Vital statistics of India. Vol. VI, European troops 1870-79
Year: 1870
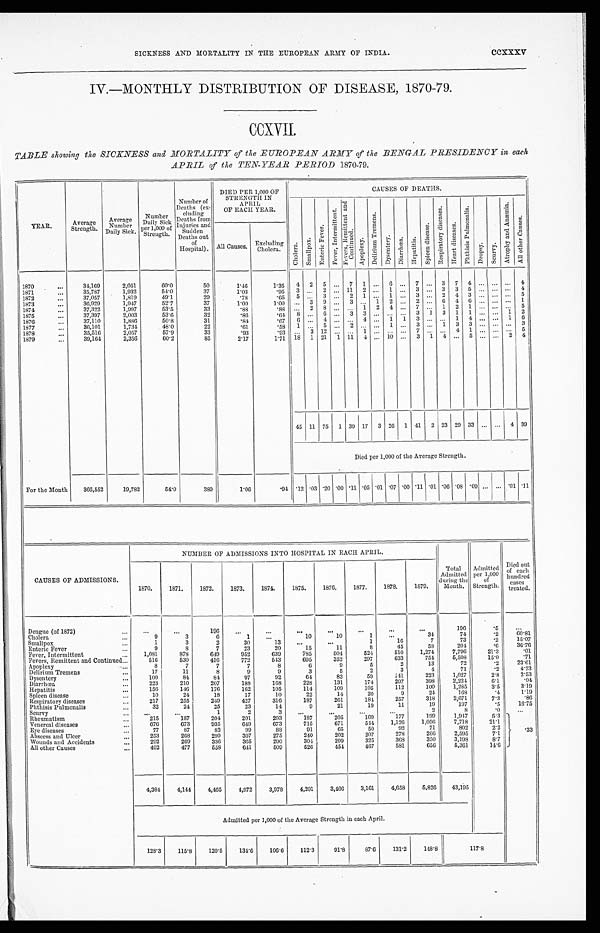
SICKNESS AND MORTALITY IN THE EUROPEAN ARMY OF INDIA.
CCXXXV
IV.—MONTHLY DISTRIBUTION OF DISEASE, 1870-79.
CCXVII.
TABLE showing the SICKNESS and MORTALITY of the EUROPEAN ARMY of the BENGAL PRESIDENCY in each
APRIL of the TEN-YEAR PERIOD 1870-79.
DIED PER 1,000 OF
STRENGTH 1N
APRIL
OF EACH YEAR.
CAUSES OF DEATHS.
YEAR.
Average
Strength .
Average
Nu D a i l y
Daily
mber.
Sick .
Number
Dairy Sick
per 1,000 of
Strength.
Number of
Deaths (ex-
cluding
Deaths from I n j u r i e s a n d
sudden
Deaths
of
Hospital).
Chol er a.
Smal l pox.
E n t e r i c F e v e r .
F e v e r , I n t e r m i t t e n t .
F e v e r s , R e m i t t e n t a n d C o n t i n u e d .
A p o p l e x y .
D e l i r i u m T r e m e n s .
D y s e n t e r y .
Di ar r hœa.
H e p a t i t i s .
S p l e e n d i s e a s e .
R e s p i r a t o r y d i s e a s e s .
H e a r t d i s e a s e s .
P h t h i s i s P u l m o n a l i s .
Dr opsy.
Scurvy.
A t r o p h y a n d A n æ m i a . A l l o t h e r C a u s e s .
All Causes. Excluding
C h o l e r a .
1870
...
34,169
2,051
60.0
50
1.46
1.35
4
2
5 ...
7
1 ...
6 ...
7 ...
3
7
4 ... , ... ...
4
1871
...
35.787
1,932
5 4 . 0
37
1 . 0 3
. 9 5
3 ...
2 ... 11
2 ...
1 ...
3 ...
3
3
5 .„ ... ...
4
1872
...
37,057
1,819
49.1
29
.78
.65
5 ...
3 ...
2
1 . .
.
1 ...
3
2
4
3
5
1873
...
36,929
1,947
52.7
37
1 . 0 0
1 . 0 0 ...
.3
9 ...
3 ...
1
2 ...
2 ...
6
4 6 .,. ... ...
1
1874
37,322
1,997
53.5
33
.88
. 8 8
.
. .
2 8 ... .,.
1
2
4 ...
7
.
...
1
2 1 ... ... ...
5
1875
...
37,397
2,003
53.6
32
.86
. 6 4 8 ...
6 ...
3
3 ... . . ...
3
1
3
1
1 ... ...
1
2
1876
37,110
1,886
5 0 . 8
31
.84
.67
6 ...
4 ... ...
4 ...
.1
1
3 ... ...
1
4 .., ...
1
6
1977
...
36,101
1,734
.48.0
22
.61
.58
1 ...
5 ...
2 .
...
1 ...
3 ...
1
3
3 ... ... ...
3
1878.
...
35,516
2,057
57.9
33
.93
. 9 3 ..
3 12 .
...
1 ...
7
4
1
2
5
1879
...
39,164
2,356
60.2
85
2.17
1.71 18 1 21 1 11
4 ... 10 ...
3
1
4 ...
5 ... ...
4
45 11 75
1 39 17
3 26
1 41
2 23 29 33 ... ...
4 39
Died per 1,000 of the Average Strength.
For the Month
366,552
19,782
54.0
389
1.06
.94 .12 .03 .20 .00 .11 .05 .01 .07 .00 .11 .01 .06 .08 .09 ... ... .01 .11
CAUSES OF ADMISSIONS.
NUMBER OF ADMISSIONS INTO HOSPITAL IN EACH APRIL.
1870.
1871.
1872.
1873.
1874.
1875.
1876.
1877.
1878.
1879.
Total
Admitted
during the
Month.
Admitted
per 1,000
of
Strength.
Died out
of each
hundred
cases
treated.
Dengue (of 1872)
...
...
...
1 9 6
. . .
...
...
...
. . .
. . .
...
196
.5
. . .
Cholera
...
9
3
6
1
. . .
10
10
1
. . .
34
74
. 2
6 0 . 8 1
Smallpox
...
1
3
2
30
13
. . .
. .
1
16
7
73
.2
1 5 . 0 7
Enteric Fever
...
9
8
7
23
20
15
11
8
45
58
204
.6
36.76
Fever, Intermitted
...
1,081
878
649
952
639
785
504
524
510
1,274
7,796
21.3
.01
Fevers, Remittent and Continued ...
516
530
416
772
543
695
352
297
633
754
5,508
15.0
.71
Apoplex
...
8
7
7
7
8
6
9
5
2
13
72
.2
23.61
Delirium Tremens
...
17
11
8
9
9
3
5
2
3
4
71
.2
4.23
Dy s e n t e r y
...
1 0 0
84
84
97
92
64
83
59
141
223
1,027
2.8
2.53
D i a r r h œ a
...
223
210
207
188
168
228
131
174
297
398
2,224
6.1
.04
H e p a t i t i s
...
1 5 6
146
176
162
105
114
109
105
112
100
1,285
3.5
3.19
Spleen disease
...
10
24
18
17
10
22
14
20
9
24
168
.4
1.19
Respiratory disease
...
217
255
249
427
316
187
261
184
257
318
2,671
7 . 3
.86
Phthisis Pulmonalis
...
32
24
25
23
14
9
21
19
11
19
197
.5
16.75
S c u r v y
... ...
. . .
. . .
1
2
3
...
...
. . .
...
2
8
.0
...
Rheumatism
...
215
1S7
204
201
203
187
205
169
177
199
1,947
5.3
Venereal disease
...
676
673
935
649
673
715
671
544
1,126
1,056
7,718
21.1
Eye diseases
...
77
87
82
99
88
91
65
50
92
71
802
2.2
.33
Abscess and Ulcer
...
253
268
299
307
275
240
202
207
278
266
2,595
7.1
Wounds and Accidents
...
292
269
336
365
290
304
299
325
368
350
3,198
8.7
All other Causes
492
477
558
641
509
526
454
467
581
650
5,361
1 4 . 6
4,384
4,144
4,465
4,972
3,978
4,201
3,4906
3,161
4,658
5,826
43,195
Admitted per 1,000 of the Average Strength in each April.
1 2 8 . 3
115.8
120.5
134.6
106.6
112.3
91.8
87.6
131.2
148.8
117.8